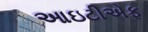
આઇટીએફ